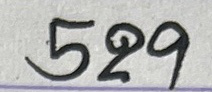
529